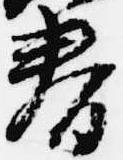
春